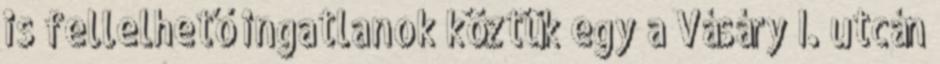
is fellelhető ingatlanok köztük egy a Vásáry I. utcán